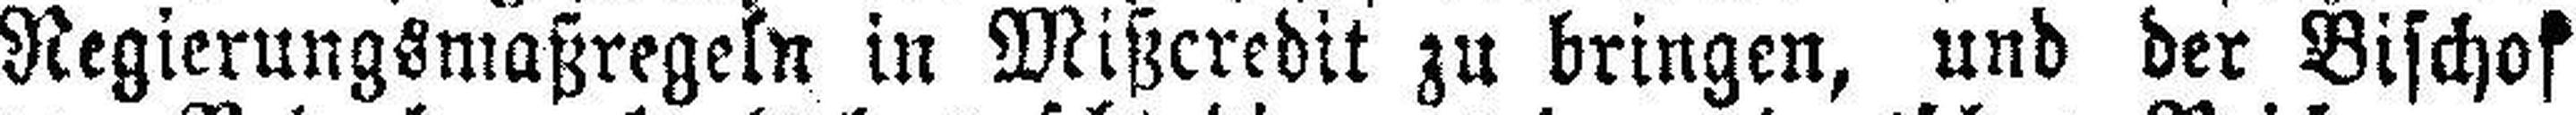
Regierungsmaßregeln in Mißcredit zu bringen, und der Bischof